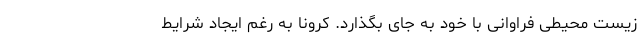
زیست محیطی فراوانی با خود به جای بگذارد. کرونا به رغم ایجاد شرایط